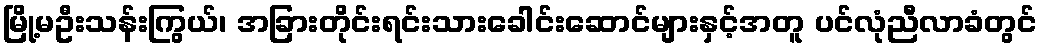
မြို့မဦးသန်းကြွယ်၊ အခြားတိုင်းရင်းသားခေါင်းဆောင်များနှင့်အတူ ပင်လုံညီလာခံတွင်